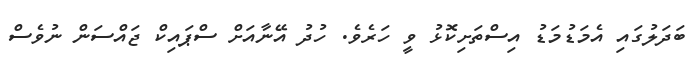
ބަދަލުގައި އެމަޑުމަޑު އިސްތަށިކޮޅު ވީ ހަރެވެ. ހުދު އޭނާއަށް ސްޕައިކް ޖައްސަން ނުވެސް